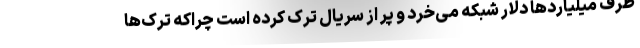
طرف میلیاردها دلار شبکه می‌خرد و پر از سریال ترک کرده است چراکه ترک‌ها